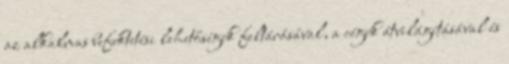
az alkalmas befektetési lehetőségek feltárásával, a cégek átvilágításával és